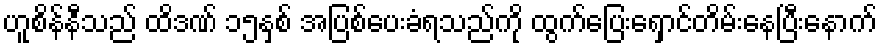
ဟူစိန်နီသည် ထိဒဏ် ၁၅နှစ် အပြစ်ပေးခံရသည်ကို ထွက်ပြေးရှောင်တိမ်းနေပြီးနောက်